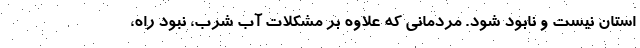
استان نیست و نابود شود. مردمانی که علاوه بر مشکلات آب شرب، نبود راه،